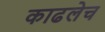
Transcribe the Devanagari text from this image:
काढलेच